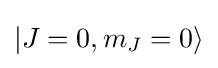
|J=0,m_{J}=0\rangle